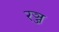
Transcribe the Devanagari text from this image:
रञ्ज